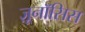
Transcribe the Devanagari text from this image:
ज़ूनॉसिस